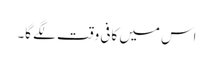
اس میں کافی وقت لگے گا۔